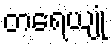
တရေယျုံ